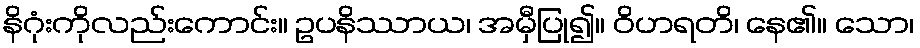
နိဂုံးကိုလည်းကောင်း။ ဥပနိဿာယ၊ အမှီပြု၍။ ဝိဟရတိ၊ နေ၏။ သော၊